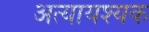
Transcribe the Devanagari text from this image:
अत्यायश्यक